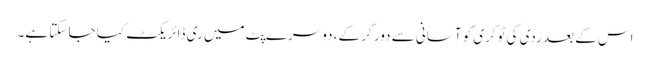
اس کے بعد ردی کی ٹوکری کو آسانی سے دور کر کے، دوسرے پِٹ میں ری ڈائریکٹ کیا جا سکتا ہے۔